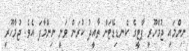
ނިންމައި ޖުމްހޫރީ ޕާޓީގެ ކެނޑިޑޭޓަށް ތާއީދު ކުރަން ވަނީ ނިންމާފަ އެވެ. ޖުމްހޫރީ